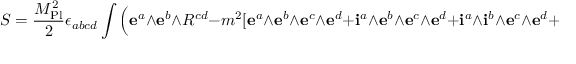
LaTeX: S = { \frac { M _ { \mathrm { P l } } ^ { 2 } } { 2 } } \epsilon _ { a b c d } \int { \Big ( } \mathbf { e } ^ { a } \land \mathbf { e } ^ { b } \land R ^ { c d } - m ^ { 2 } [ \mathbf { e } ^ { a } \land \mathbf { e } ^ { b } \land \mathbf { e } ^ { c } \land \mathbf { e } ^ { d } + \mathbf { i } ^ { a } \land \mathbf { e } ^ { b } \land \mathbf { e } ^ { c } \land \mathbf { e } ^ { d } + \mathbf { i } ^ { a } \land \mathbf { i } ^ { b } \land \mathbf { e } ^ { c } \land \mathbf { e } ^ { d } + \mathbf { i } ^ { a } \land \mathbf { i } ^ { b } \land \mathbf { i } ^ { c } \land \mathbf { e } ^ { d } ] { \Big ) }